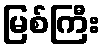
မြစ်ကြီး